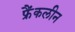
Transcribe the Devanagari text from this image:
फ्रैंकलीन